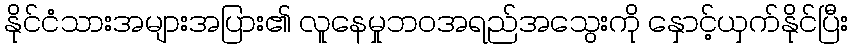
နိုင်ငံသားအများအပြား၏ လူနေမှုဘဝအရည်အသွေးကို နှောင့်ယှက်နိုင်ပြီး